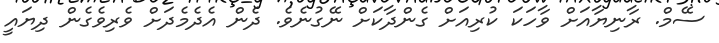
ސޭމް. ރާނިޔާއަށް ވާހަކަ ކުރިއަށް ގެންދާކަށް ނޭގުނެވެ. ދެން އެދެމެދަށް ވެރިވެގެން ދިޔައީ